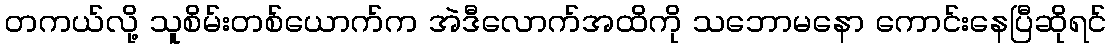
တကယ်လို့ သူစိမ်းတစ်ယောက်က အဲဒီလောက်အထိကို သဘောမနော ကောင်းနေပြီဆိုရင်